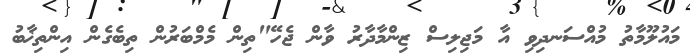
މައުލޫމާތު މުއްސަނދިވި އާ މަޖިލިސް ޒިންމާދާރު ވާން ޖެހޭ"ތިން މެމްބަރުން ތިބެގެން އިންތިޚާބު